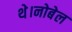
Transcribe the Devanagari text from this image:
थे।नोबेल